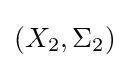
(X_{2},\Sigma _{2})